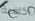
كافية